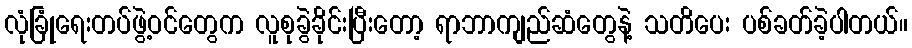
လုံခြုံရေးတပ်ဖွဲ့ဝင်တွေက လူစုခွဲခိုင်းပြီးတော့ ရာဘာကျည်ဆံတွေနဲ့ သတိပေး ပစ်ခတ်ခဲ့ပါတယ်။